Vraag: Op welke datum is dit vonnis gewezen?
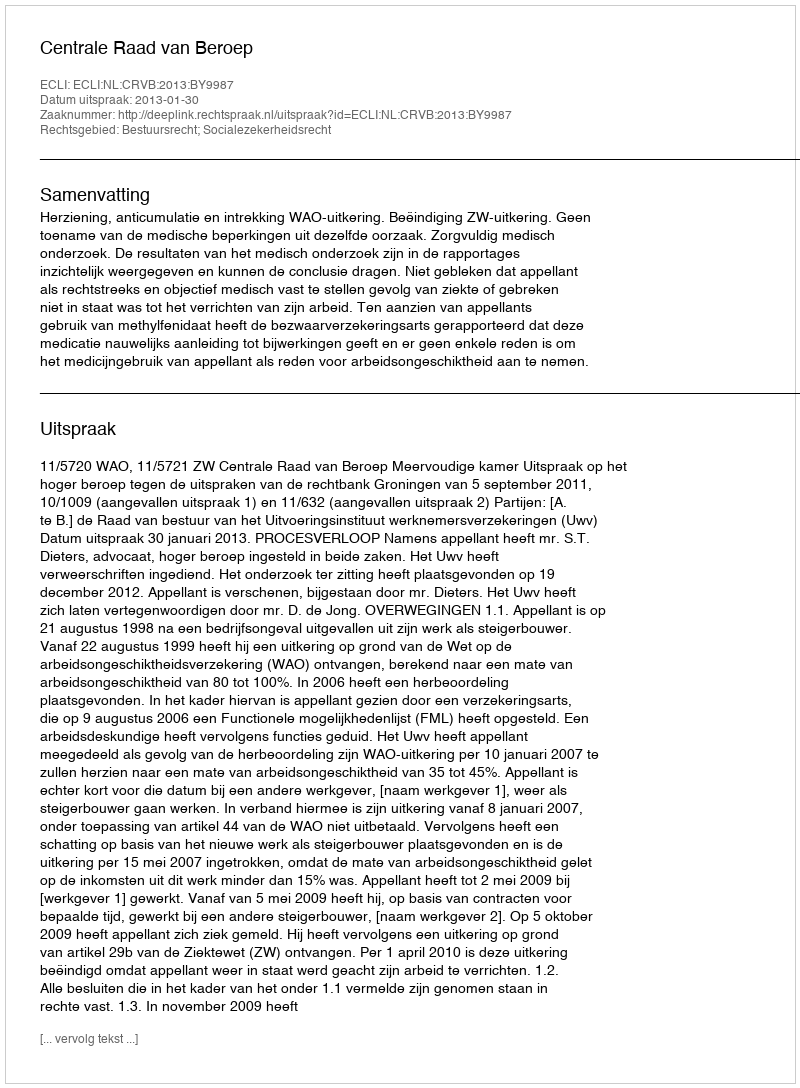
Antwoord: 2013-01-30